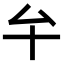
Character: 𠫘